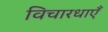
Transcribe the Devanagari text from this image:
विचारधाएँ